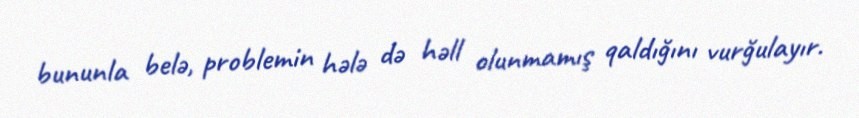
bununla belə, problemin hələ də həll olunmamış qaldığını vurğulayır.